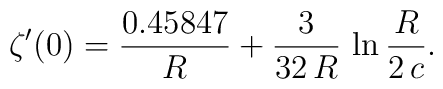
\zeta'(0)=\frac{0.45847}{R}+\frac{3}{32\,R}\,\ln\frac{R}{2\,c}.